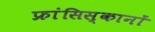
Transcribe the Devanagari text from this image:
फ्रांसिस्कानों